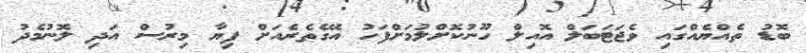
ބޮޑު ތެއްޔެއްގައި ވެޖަޓަބަލް އޮއިލް ހޫނުކޮށްލުމަށްފަހު އޭގެތެރެއަށް ފިޔާ މިރުސް އަދި ލޮނުމެދު